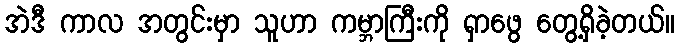
အဲဒီ ကာလ အတွင်းမှာ သူဟာ ကမ္ဘာကြီးကို ရှာဖွေ တွေ့ရှိခဲ့တယ်။